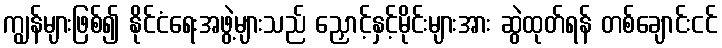
ကျွန်များဖြစ်၍ နိုင်ငံရေးအဖွဲ့များသည် ညှောင့်နှင့်မိုင်းများအား ဆွဲထုတ်ရန် တစ်ချောင်းငင်